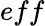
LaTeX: eff